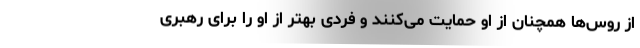
از روس‌ها همچنان از او حمایت می‌کنند و فردی بهتر از او را برای رهبری